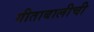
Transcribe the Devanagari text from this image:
गीताबालीची